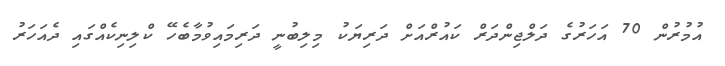
އުމުރުން 70 އަހަރުގެ ދަލްޖިންދަރް ކައުރްއަށް ދަރިޔަކު މިލިބުނީ ދަރިމައިވުމާބެހޭ ކްލިނިކެއްގައި ދެއަހަރު